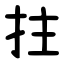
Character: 拄